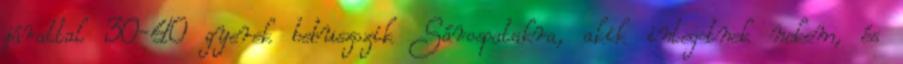
járattal 30-40 gyerek bebuszozik Sárospatakra, akik integetnek nekem, és